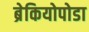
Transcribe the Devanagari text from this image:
ब्रेकियोपोडा